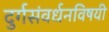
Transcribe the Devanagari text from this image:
दुर्गसंवर्धनविषयी